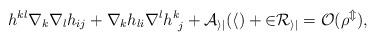
LaTeX: \begin{align*} h^{kl}\nabla_k\nabla_lh_{ij}+\nabla_{k}h_{li}\nabla^lh_{~j}^{k}+\cal A_{ij}(h)+2R_{ij}=O(\rho^m),\end{align*}